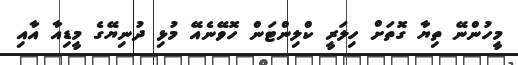
މީހުންނޭ ތިޔާ ގޮތަށް ހިލަރީ ކްލިންޓަން ހޮވޭނެއޭ މުޅި ދުނިޔޭގެ މީޑިއާ އާއި